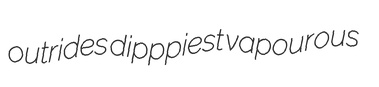
outrides dipppiest vapourous